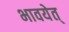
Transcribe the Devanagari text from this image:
भावयेत्‌